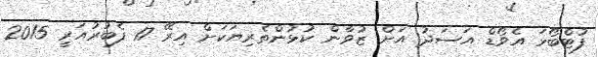
ފުޓްބޯޅަ އެވޯޑް އަސަދު އަށް ޒުވާން ކުޅުންތެރިޔަކަށް އިރޭ 17 ފެބުރުއަރީ 2015